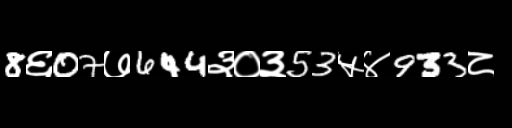
Text: 8६07७644३०३53५४933८